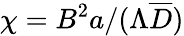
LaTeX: \chi=B^{2}a/(\Lambda\overline{{D}})